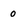
Character: 0